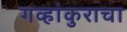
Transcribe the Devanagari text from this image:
गव्हांकुराचा